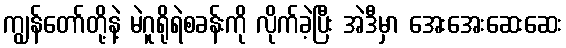
ကျွန်တော်တို့နဲ့ မဲဂူရိုရဲစခန်းကို လိုက်ခဲ့ပြီး အဲဒီမှာ အေးအေးဆေးဆေး